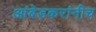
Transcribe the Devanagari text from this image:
आंबेडकरांनीच